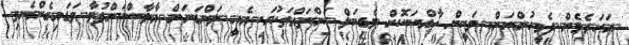
އަހަރެމެން ދެމީހުންނަށް. ވަކީން ޚާއްސަކޮށް މެޑިކަލް ކަންތައްތަކުގަ. އެއީ ލަންޑަނަށް އާލާސްކަންފުޅާ ވަޑައިގެންނެވި